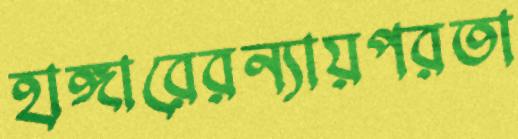
হাঙ্গারেরন্যায়পরতা